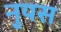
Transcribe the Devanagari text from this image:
नुयस